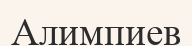
Алимпиев